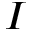
I